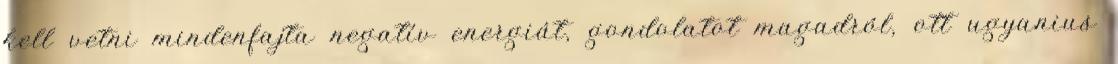
kell vetni mindenfajta negatív energiát, gondolatot magadról, ott ugyanius